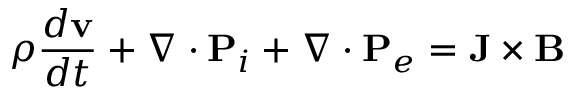
\rho \frac { d \mathbf { v } } { d t } + \nabla \cdot \mathbf { P } _ { i } + \nabla \cdot \mathbf { P } _ { e } = \mathbf { J } \times \mathbf { B }